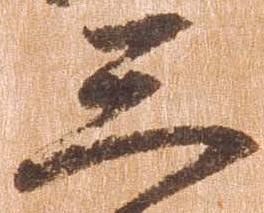
三